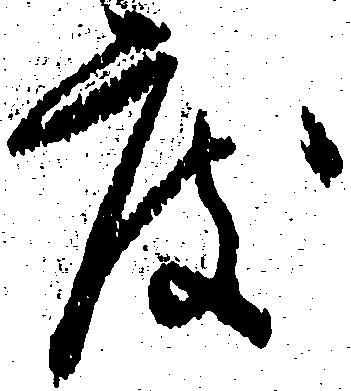
度